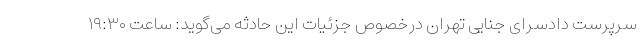
سرپرست دادسرای جنایی تهران درخصوص جزئیات این حادثه می‌گوید: ساعت ۱۹:۳۰